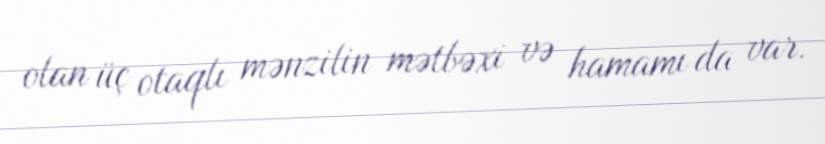
olan üç otaqlı mənzilin mətbəxi və hamamı da var.